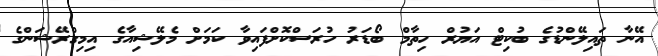
އޭނާ ތައިލޭންޑުގެ ބުކިޓް އަޔުރް ހިތާމް ބޯޑަރު ހުރަސްކޮށްފައިވާ ކަމަށް މެލޭޝިއާގެ އިމިގްރޭޝަންގެ